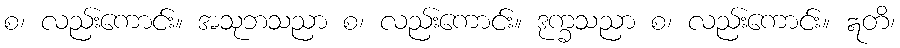
စ၊ လည်းကောင်း။ အသုဘသညာ စ၊ လည်းကောင်း။ ဒုက္ခသညာ စ၊ လည်းကောင်း။ ဣတိ၊